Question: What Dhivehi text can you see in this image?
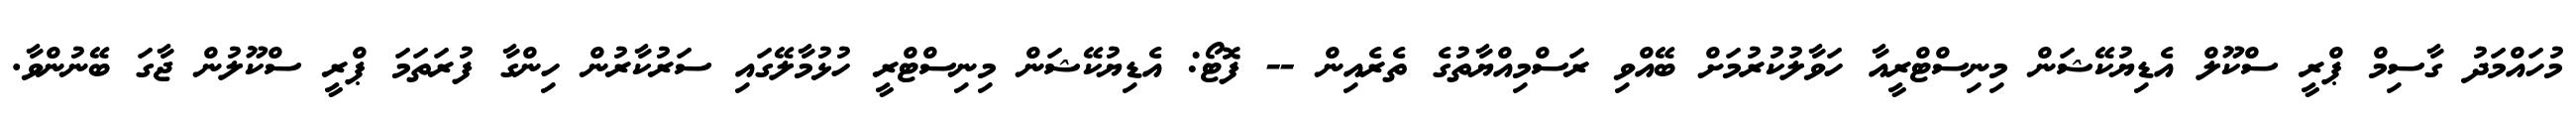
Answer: މުހައްމަދު ގާސިމް ޕްރީ ސްކޫލް އެޑިޔުކޭޝަން މިނިސްޓްރީއާ ހަވާލުކުރުމަށް ބޭއްވި ރަސްމިއްޔާތުގެ ތެރެއިން -- ފޮޓޯ: އެޑިޔުކޭޝަން މިނިސްޓްރީ ހުޅުމާލޭގައި ސަރުކާރުން ހިންގާ ފުރަތަމަ ޕްރީ ސްކޫލުން ޖާގަ ބޭނުންވާ.